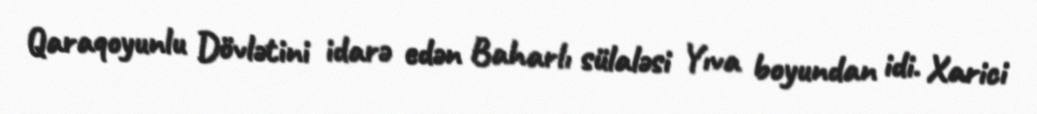
Qaraqoyunlu Dövlətini idarə edən Baharlı sülaləsi Yıva boyundan idi. Xarici